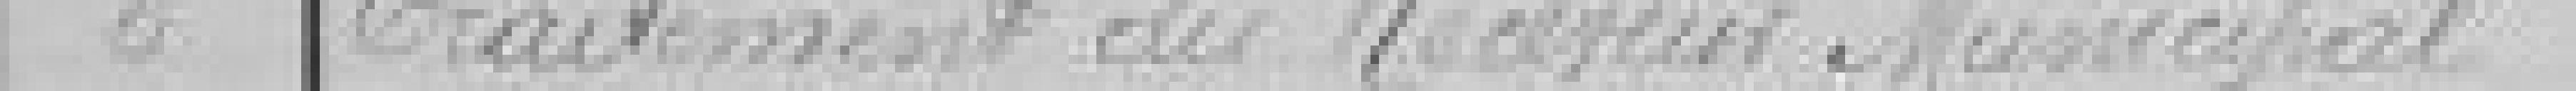
6 Traitement du Receveur Municipal